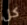
كل